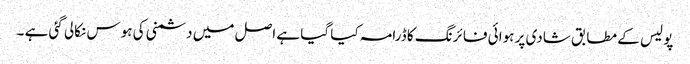
پو لیس کے مطابق شادی پر ہوائی فا ئرنگ کا ڈرامہ کیا گیا ہے اصل میں دشمنی کی ہوس نکالی گئی ہے ۔